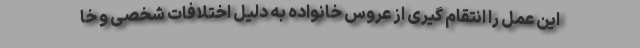
این عمل را انتقام گیری از عروس خانواده به دلیل اختلافات شخصی و خا